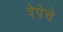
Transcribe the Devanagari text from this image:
देपेचे